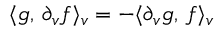
\langle g , \, \partial _ { v } f \rangle _ { v } = - \langle \partial _ { v } g , \, f \rangle _ { v }